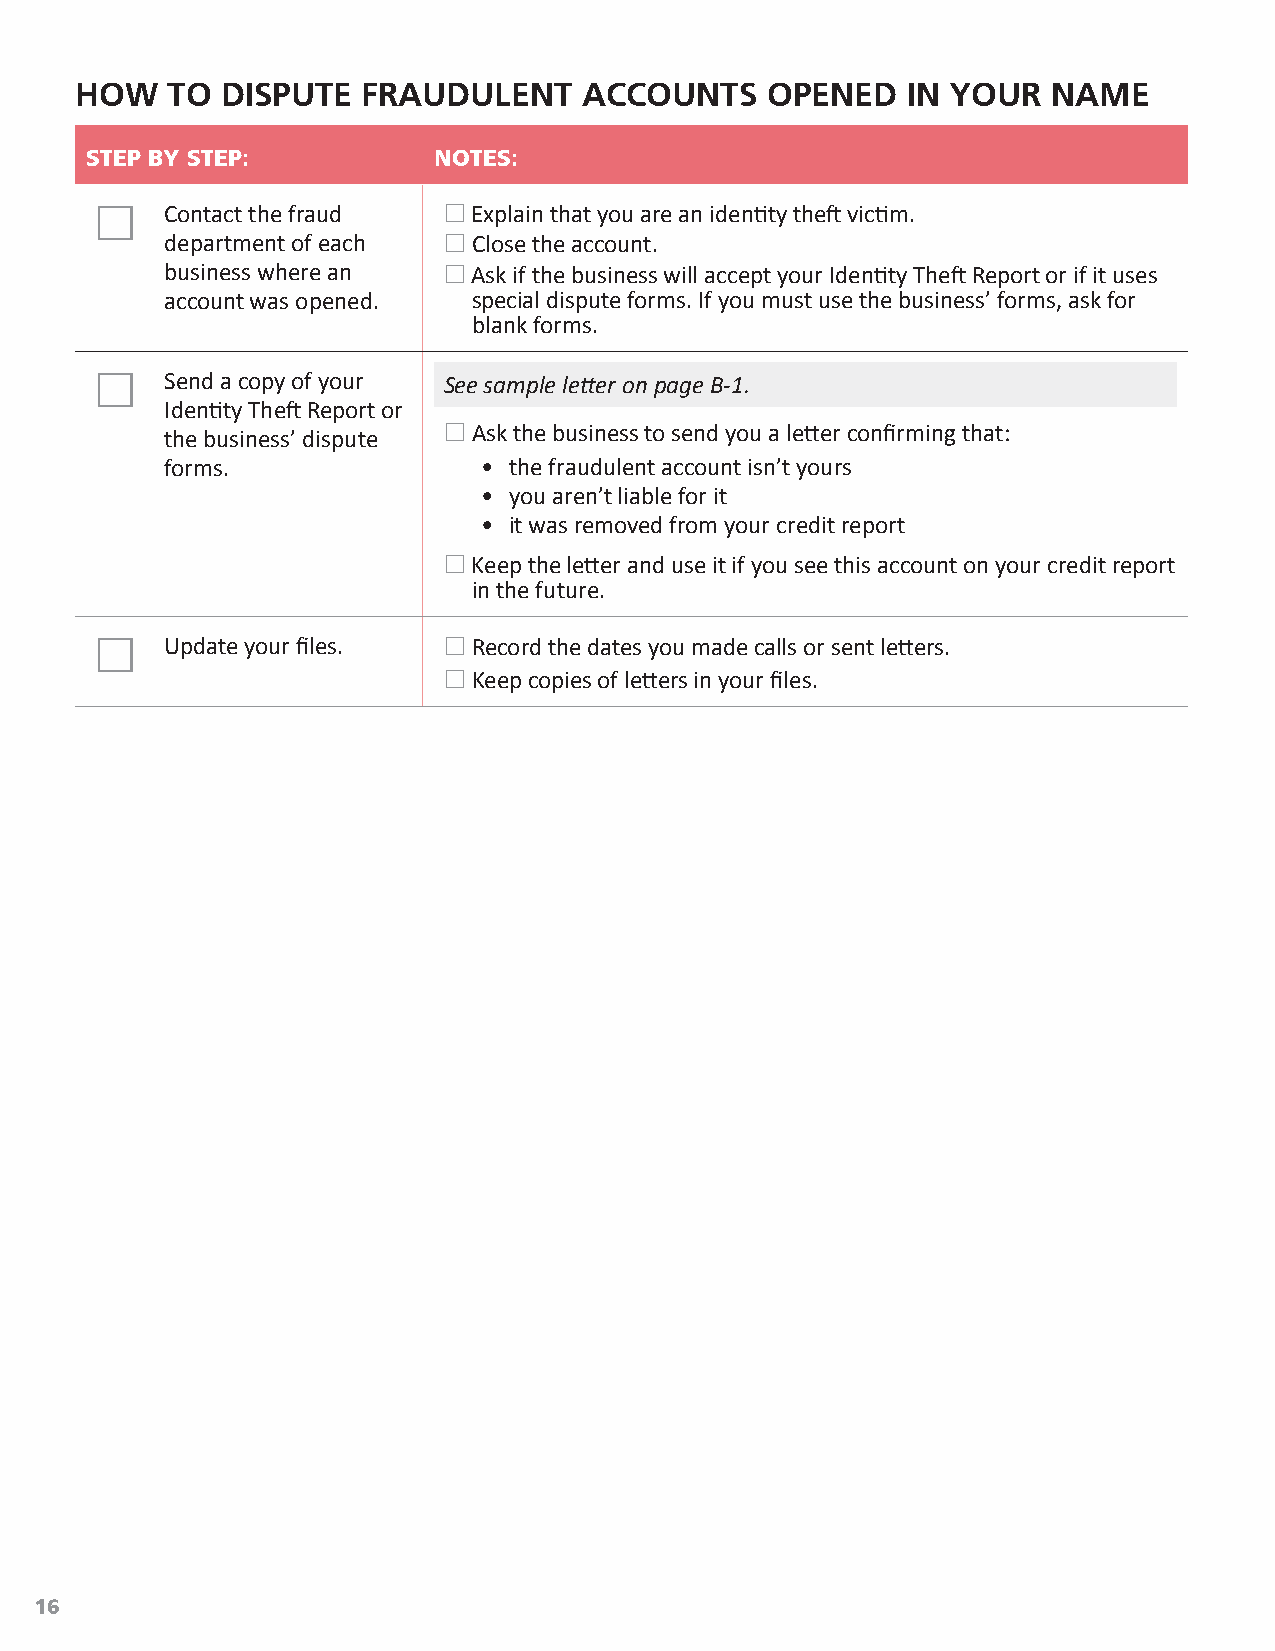
HOW   TO  DISPUTE  FRAUDULENT     ACCOUNTS    OPENED   IN YOUR   NAME
 STEP BY STEP:          NOTES:
     Contact the fraud  Explain that you are an identity theft victim.
 department of each  Close the account.
 business where an  Ask if the business will accept your Identity Theft Report or if it uses
 account was opened. special dispute forms. If you must use the business’ forms, ask for
 blank forms.
     Send a copy of your See sample letter on page B‑1.
 Identity Theft Report or
 the business’ dispute  Ask the business to send you a letter confirming that:
 forms.               • the fraudulent account isn’t yours
 • you aren’t liable for it
 • it was removed from your credit report
  Keep the letter and use it if you see this account on your credit report
 in the future.
     Update your files.  Record the dates you made calls or sent letters.
  Keep copies of letters in your files.
 16